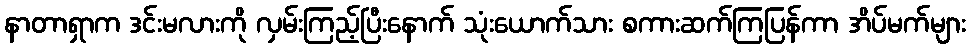
နာတာရှာက ဒင်းမလားကို လှမ်းကြည့်ပြီးနောက် သုံးယောက်သား စကားဆက်ကြပြန်ကာ အိပ်မက်များ